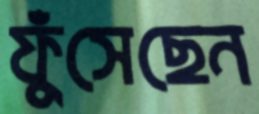
ফুঁসেছেন